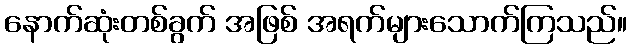
နောက်ဆုံးတစ်ခွက် အဖြစ် အရက်များသောက်ကြသည်။